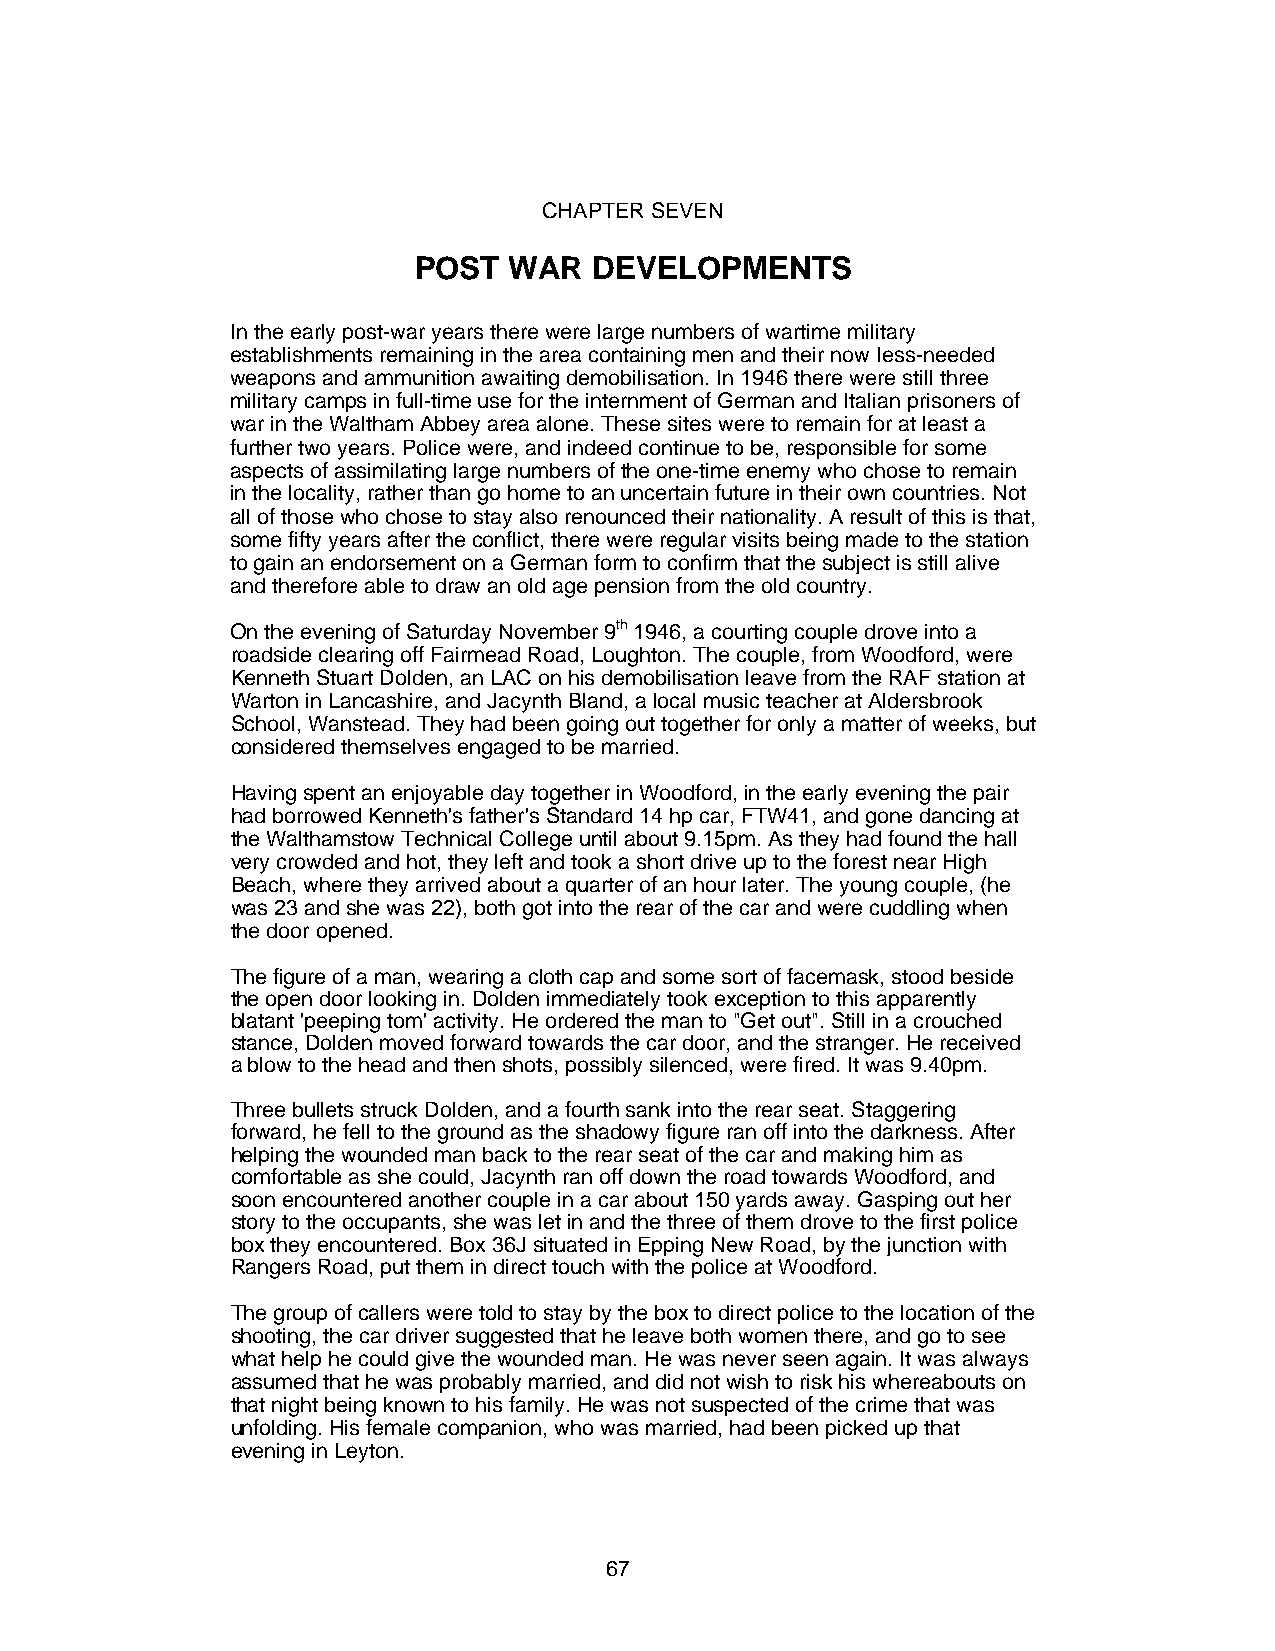
CHAPTER SEVEN
 POST   WAR  DEVELOPMENTS
 In the early post-war years there were large numbers of wartime military
 establishments remaining in the area containing men and their now Iess-needed
 weapons and ammunition awaiting demobilisation. In 1946 there were still three
 military camps in full-time use for the internment of German and Italian prisoners of
 war in the Waltham Abbey area alone. These sites were to remain for at least a
 further two years. Police were, and indeed continue to be, responsible for some
 aspects of assimilating large numbers of the one-time enemy who chose to remain
 in the locality, rather than go home to an uncertain future in their own countries. Not
 all of those who chose to stay also renounced their nationality. A result of this is that,
 some fifty years after the conflict, there were regular visits being made to the station
 to gain an endorsement on a German form to confirm that the subject is still alive
 and therefore able to draw an old age pension from the old country.
 On the evening of Saturday November 9th 1946, a courting couple drove into a
 roadside clearing off Fairmead Road, Loughton. The couple, from Woodford, were
 Kenneth Stuart Dolden, an LAC on his demobilisation leave from the RAF station at
 Warton in Lancashire, and Jacynth Bland, a local music teacher at Aldersbrook
 School, Wanstead. They had been going out together for only a matter of weeks, but
 considered themselves engaged to be married.
 Having spent an enjoyable day together in Woodford, in the early evening the pair
 had borrowed Kenneth's father's Standard 14 hp car, FTW41, and gone dancing at
 the Walthamstow Technical College until about 9.15pm. As they had found the hall
 very crowded and hot, they left and took a short drive up to the forest near High
 Beach, where they arrived about a quarter of an hour later. The young couple, (he
 was 23 and she was 22), both got into the rear of the car and were cuddling when
 the door opened.
 The figure of a man, wearing a cloth cap and some sort of facemask, stood beside
 the open door looking in. Dolden immediately took exception to this apparently
 blatant 'peeping tom' activity. He ordered the man to "Get out". Still in a crouched
 stance, Dolden moved forward towards the car door, and the stranger. He received
 a blow to the head and then shots, possibly silenced, were fired. It was 9.40pm.
 Three bullets struck Dolden, and a fourth sank into the rear seat. Staggering
 forward, he fell to the ground as the shadowy figure ran off into the darkness. After
 helping the wounded man back to the rear seat of the car and making him as
 comfortable as she could, Jacynth ran off down the road towards Woodford, and
 soon encountered another couple in a car about 150 yards away. Gasping out her
 story to the occupants, she was let in and the three of them drove to the first police
 box they encountered. Box 36J situated in Epping New Road, by the junction with
 Rangers Road, put them in direct touch with the police at Woodford.
 The group of callers were told to stay by the box to direct police to the location of the
 shooting, the car driver suggested that he leave both women there, and go to see
 what help he could give the wounded man. He was never seen again. It was always
 assumed that he was probably married, and did not wish to risk his whereabouts on
 that night being known to his family. He was not suspected of the crime that was
 unfolding. His female companion, who was married, had been picked up that
 evening in Leyton.
 67